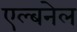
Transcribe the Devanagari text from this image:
एल्बनेल